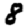
Digit: 8